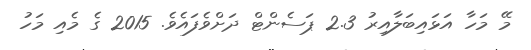
މޭ މަހާ އަޅައިބަލާއިރު 2.3 ޕަސެންޓް ދަށްވެފައެވެ. 2015 ގެ މެއި މަހު